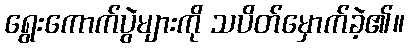
ရွေးကောက်ပွဲများကို သပိတ်မှောက်ခဲ့၏။